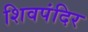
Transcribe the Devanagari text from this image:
शिवपंदिर